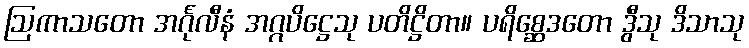
ဩကာသတော အင်္ဂုလီနံ အဂ္ဂပိဋ္ဌေသု ပတိဋ္ဌိတာ။ ပရိစ္ဆေဒတော ဒွီသု ဒိသာသု